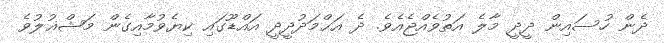
ދެން ހުސައިން ދީދީ މާލެ އަތުވެއްޖެއެވެ. ދެ އަޙްމަދުދީދީ އައްޑޫގައި ކިޔެވުމާއިގެން މަޝްޣުލުވެ